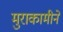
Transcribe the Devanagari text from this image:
मुराकामीने